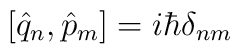
[\hat{q}_n,\hat{p}_m]=i \hbar \delta_{nm}